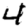
Digit: 4